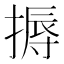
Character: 搙